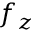
f _ { z }